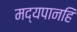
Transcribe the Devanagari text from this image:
मद्यपानहि